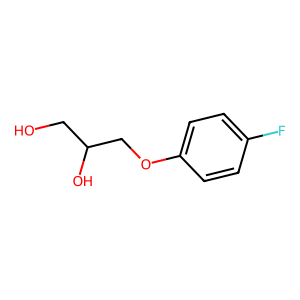
SMILES: OCC(O)COc1ccc(F)cc1
Inhibits HIV replication: No